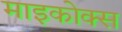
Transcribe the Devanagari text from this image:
माइकोक्स